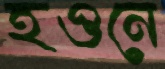
হওনে